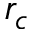
r _ { c }